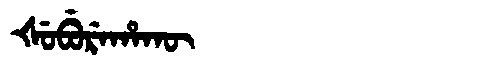
Manchu: ᡧᡠᠪᡠᡵᡝᡥᠠᡴᡡ
Romanization: ŠUBUREHAKŪ